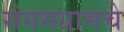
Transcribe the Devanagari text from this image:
संगमग्रामचे